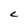
Character: c